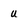
Character: U